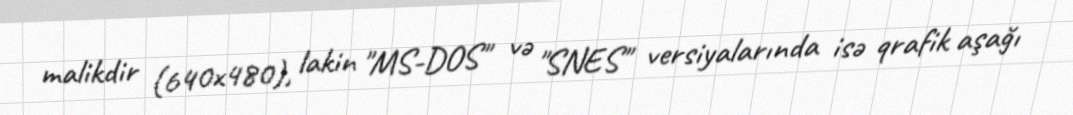
malikdir (640x480), lakin "MS-DOS" və "SNES" versiyalarında isə qrafik aşağı